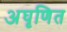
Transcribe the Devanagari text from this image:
अघृणित